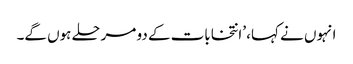
انہوں نے کہا، ’انتخابات کے دو مرحلے ہوں گے۔